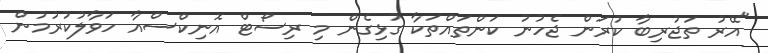
"އޭރު ތަޖުރިބާ ކުރަން ޖެހުނު ކަންތައްތަކާ ގުޅިގެން މި ރިސޯޓް އޮނިކްސްއާ ހަވާލުކުރުމުން